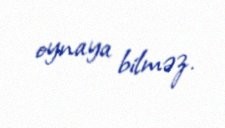
oynaya bilməz.